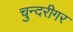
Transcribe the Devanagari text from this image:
चुन्दरीगर